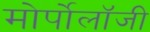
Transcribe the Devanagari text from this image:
मोर्पोलॉजी